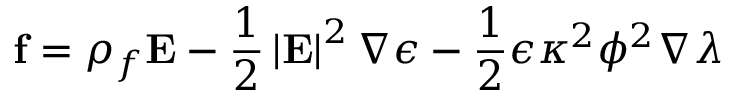
\mathbf { f } = \rho _ { f } \mathbf { E } - \frac { 1 } { 2 } \left| \mathbf { E } \right| ^ { 2 } \nabla \epsilon - \frac { 1 } { 2 } \epsilon \kappa ^ { 2 } \phi ^ { 2 } \nabla \lambda